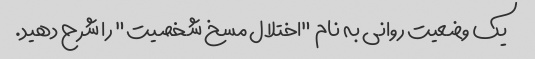
یک وضعیت روانی به نام "اختلال مسخ شخصیت" را شرح دهید.